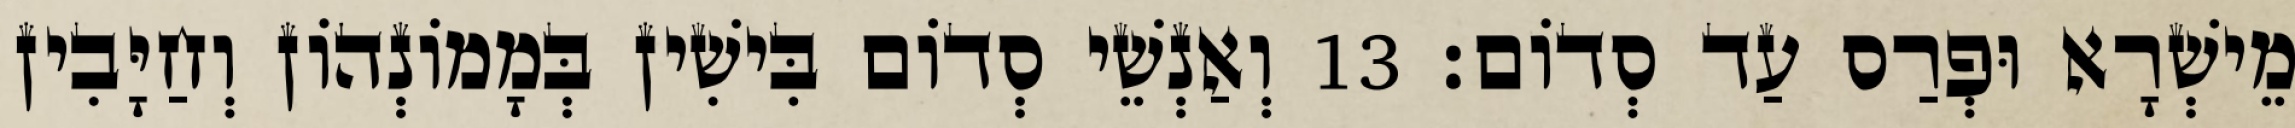
מֵישְׁרָא וּפְרַס עַד סְדוֹם׃ 13 וְאַנְשֵׁי סְדוֹם בִּישִׁין בְּמָמוֹנְהוֹן וְחַיָּבִין